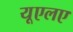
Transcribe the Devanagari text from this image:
यूएलए